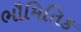
ભૌમિતિક